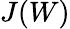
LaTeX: J(W)